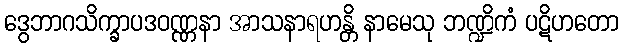
ဒွေဘာဂသိက္ခာပဒဝဏ္ဏနာ အာသနာရဟန္တိ နာမေသု ဘဏ္ဍိကံ ပဋိဟတော